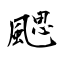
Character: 颸